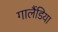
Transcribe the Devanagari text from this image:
गालैंडिया